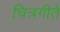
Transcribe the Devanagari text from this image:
चित्रगीते